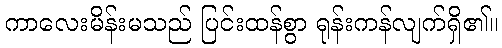
ကာလေးမိန်းမသည် ပြင်းထန်စွာ ရုန်းကန်လျက်ရှိ၏။